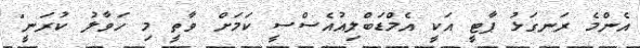
އެންމެ ރަނގަޅު ޕާޓީ އަކީ އެމްޑަބްލިއުއެސްސީ ކަމަށް ވާތީ މި ހަވާލު ކުރަނީ"